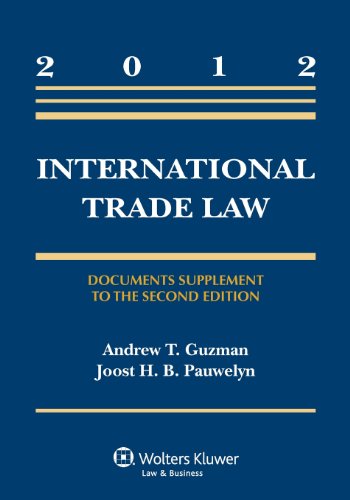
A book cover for International Trade Law: Document Supplement to the Second Edition (Aspen Casebook); Andrew Guzman; Law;